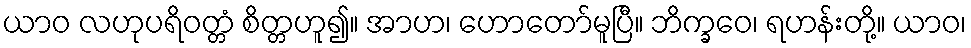
ယာဝ လဟုပရိဝတ္တံ စိတ္တဟူ၍။ အာဟ၊ ဟောတော်မူပြီ။ ဘိက္ခဝေ၊ ရဟန်းတို့။ ယာဝ၊